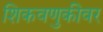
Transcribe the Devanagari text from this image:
शिकवणुकीवर